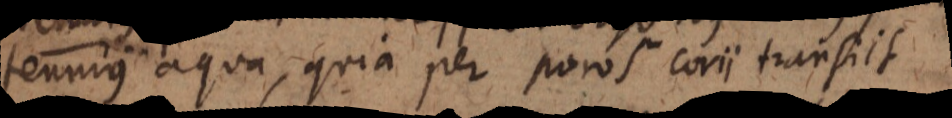
tenuius aqua, quia per poros corii transiit.